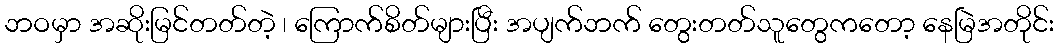
ဘဝမှာ အဆိုးမြင်တတ်တဲ့ ၊ ကြောက်စိတ်များပြီး အပျက်ဘက် တွေးတတ်သူတွေကတော့ နေမြဲအတိုင်း